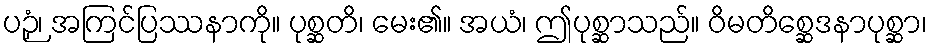
ပဉှံ၊ အကြင်ပြဿနာကို။ ပုစ္ဆတိ၊ မေး၏။ အယံ၊ ဤပုစ္ဆာသည်။ ဝိမတိစ္ဆေဒနာပုစ္ဆာ၊